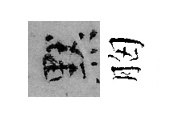
默胸